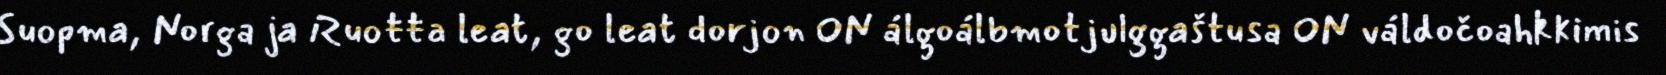
Suopma, Norga ja Ruoŧŧa leat, go leat dorjon ON álgoálbmotjulggaštusa ON váldočoahkkimis